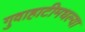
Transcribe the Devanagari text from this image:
गुवाहाटीमधल्या